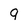
Character: 9